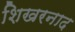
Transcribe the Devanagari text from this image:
शिखरनाद